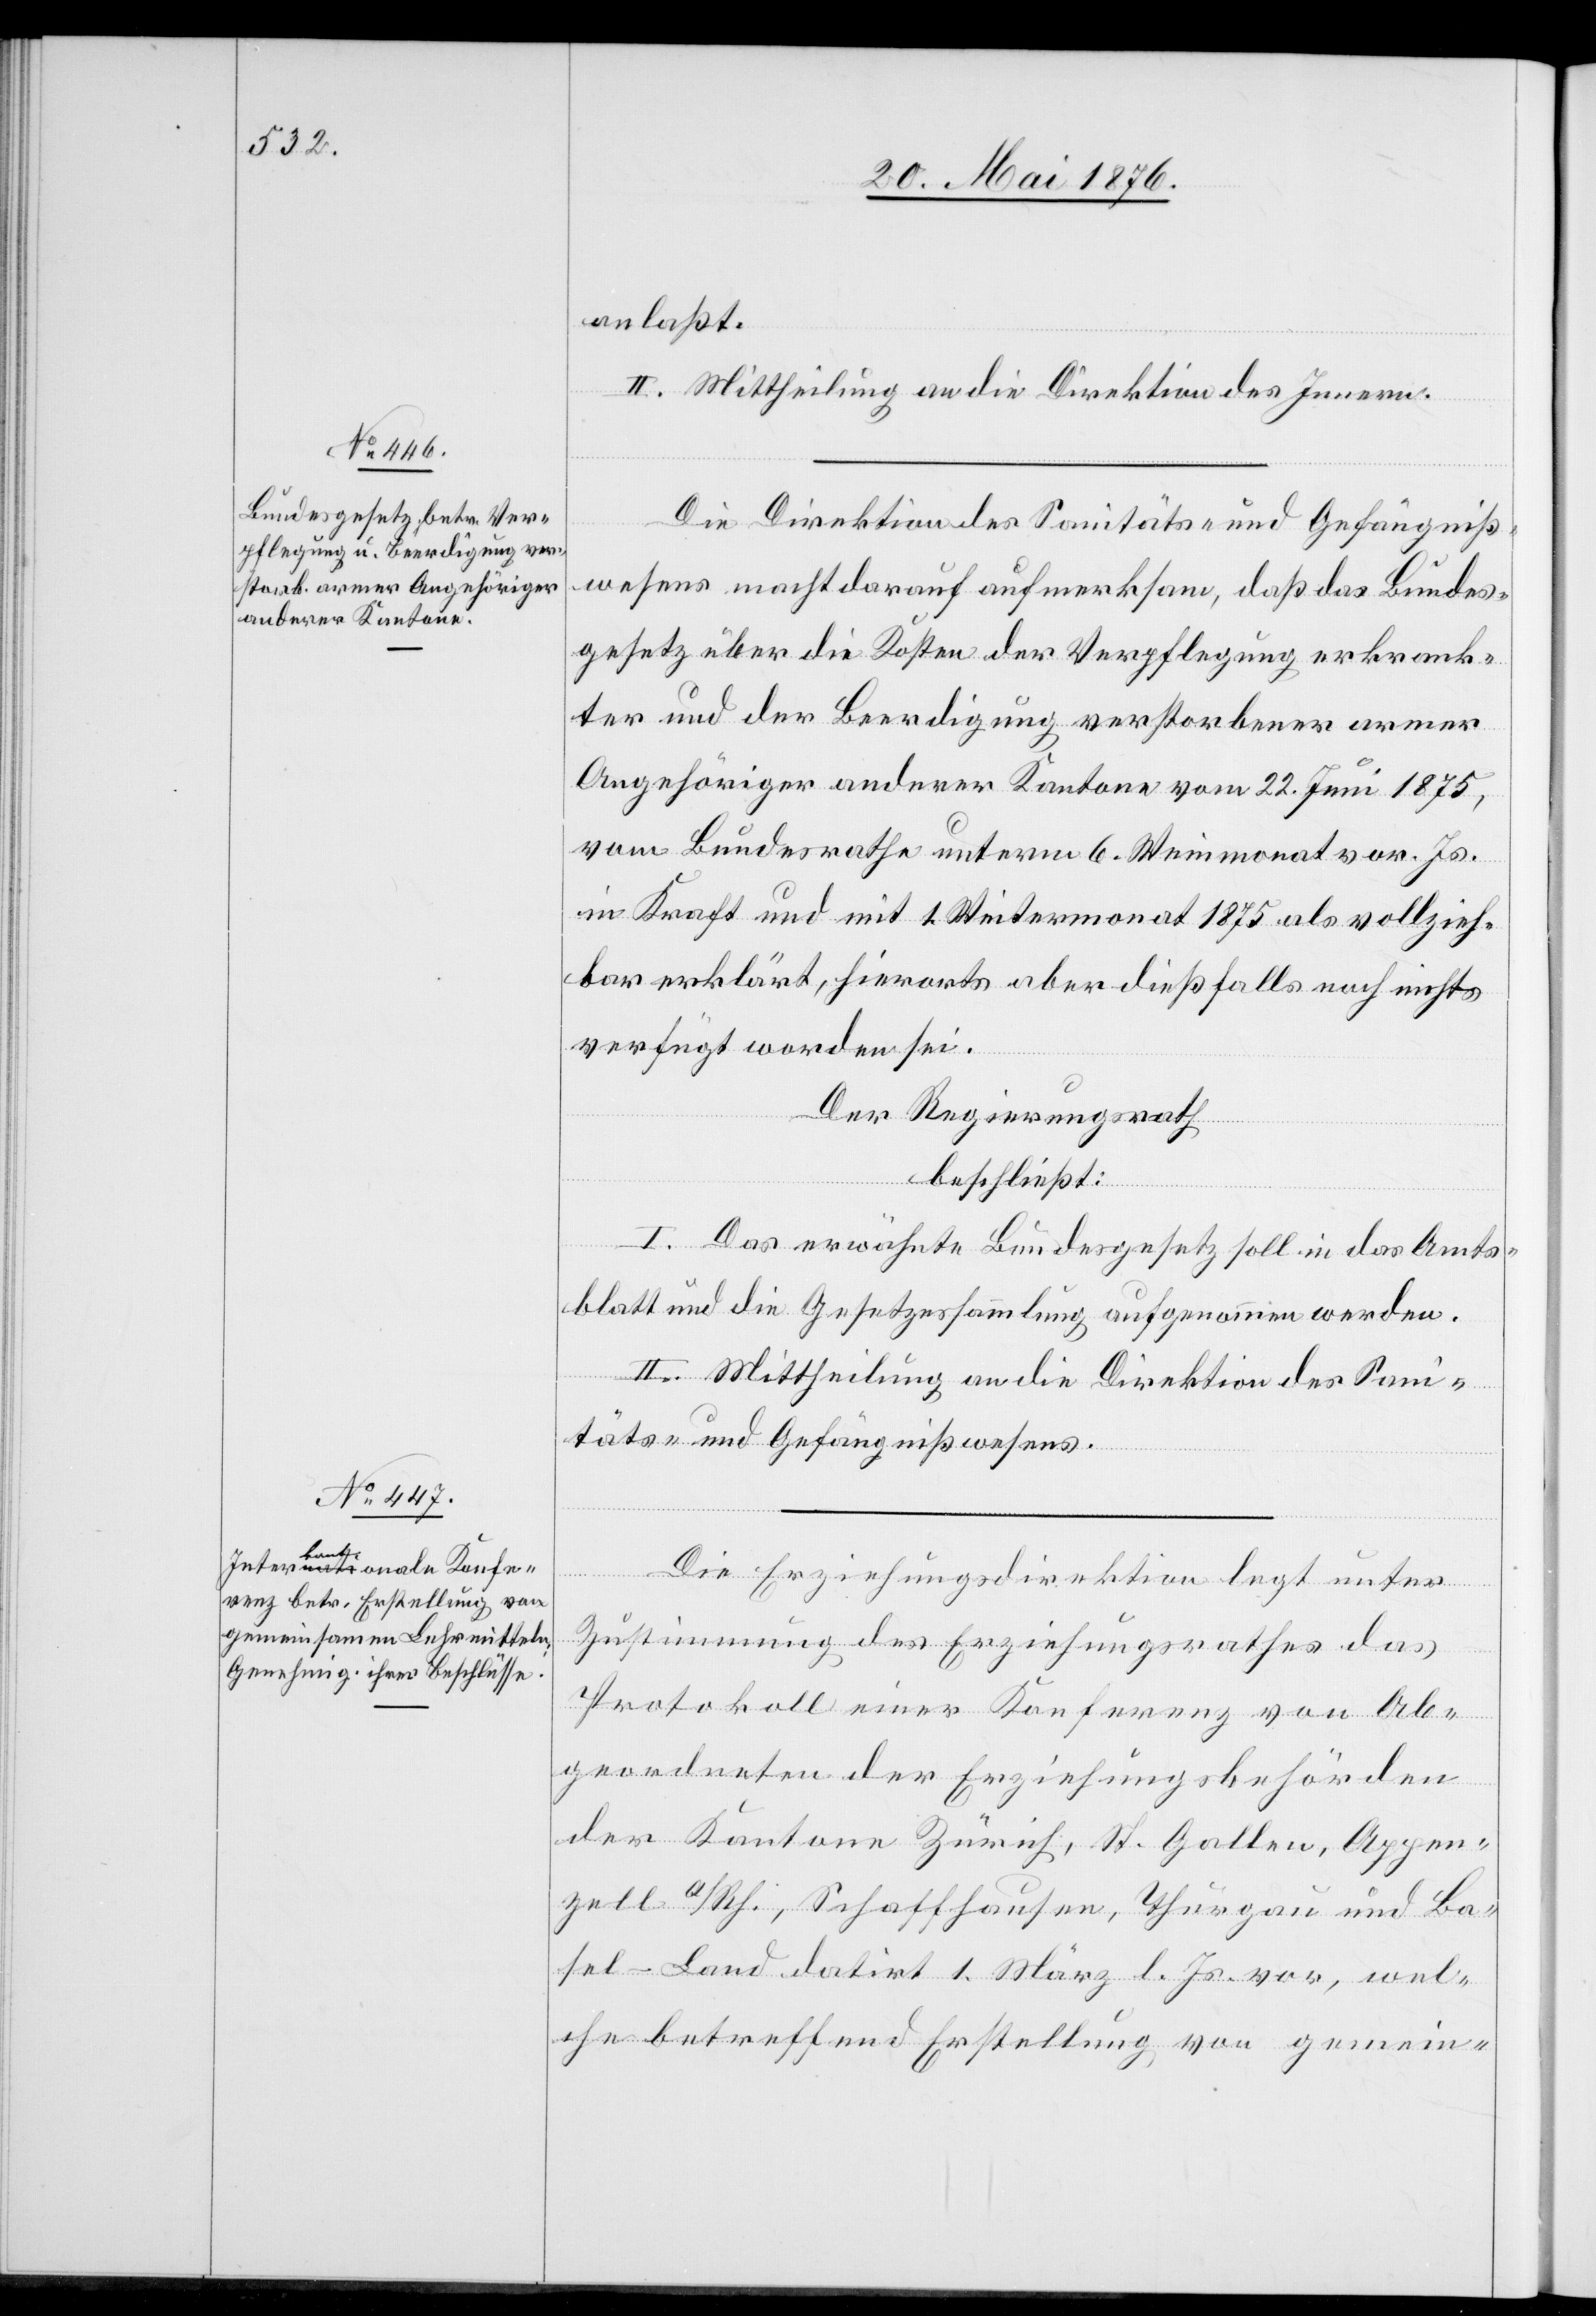
anlaßt.
II. Mittheilung an die Direktion des Innern.
Die Direktion des Sanitäts- und Gefängniß¬
wesens macht darauf aufmerksam, daß das Bundes¬
gesetz über die Kosten der Verpflegung erkrank¬
ter und der Beerdigung verstorbener armer
Angehöriger anderer Kantone vom 22. Juni 1875,
vom Bundesrathe unterm 6. Weinmonat vor. Js.
in Kraft und mit 1. Wintermonat 1875 als vollzieh¬
bar erklärt, hierorts aber dießfalls noch nichts
verfügt worden sei.
Der Regierungsrath
beschließt:
I. Das erwähnte Bundesgesetz soll in das Amts¬
blatt und die Gesetzessammlung aufgenommen werden.
II. Mittheilung an die Direktion des Sani¬
täts- und Gefängnißwesens.
Die Erziehungsdirektion legt unter
Zustimmung des Erziehungsrathes das
Protokoll einer Konferenz von Ab¬
geordneten der Erziehungsbehörden
der Kantone Zürich, St. Gallen, Appen¬
zell a/Rh., Schaffhausen, Thurgau und Ba¬
sel-Land datirt 1. März l. Js. vor, wel¬
che betreffend Erstellung von gemein-